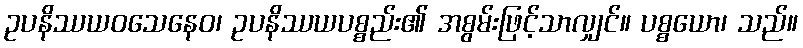
ဥပနိဿယဝသေနေဝ၊ ဥပနိဿယပစ္စည်း၏ အစွမ်းဖြင့်သာလျှင်။ ပစ္စယော၊ သည်။